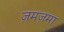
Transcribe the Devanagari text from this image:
ज़मज़मा